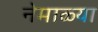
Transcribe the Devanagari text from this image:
नेमाळ्या